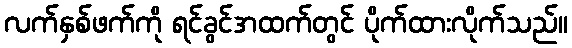
လက်နှစ်ဖက်ကို ရင်ခွင်အထက်တွင် ပိုက်ထားလိုက်သည်။